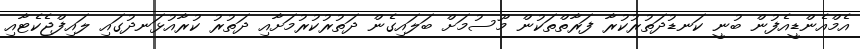
އެމްއެންޑީއެފުން ބުނީ ކަނޑުދަތުރުކުރާ ފަރާތްތަކުން މޫސުމަށް ބަލައިގެން ދަތުރުކުރުމަށާއި ދަތުރު ކުރާއުޅަނދުގައި ލައިފްޖެކެޓާއި